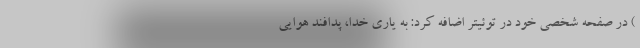
) در صفحه شخصی خود در توئیتر اضافه کرد: به یاری خدا، پدافند هوایی